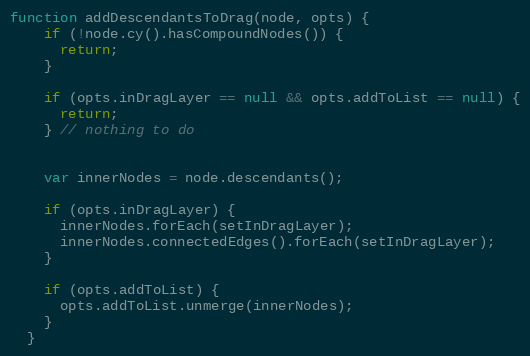
Language: JavaScript
function addDescendantsToDrag(node, opts) {
    if (!node.cy().hasCompoundNodes()) {
      return;
    }

    if (opts.inDragLayer == null && opts.addToList == null) {
      return;
    } // nothing to do

    var innerNodes = node.descendants();

    if (opts.inDragLayer) {
      innerNodes.forEach(setInDragLayer);
      innerNodes.connectedEdges().forEach(setInDragLayer);
    }

    if (opts.addToList) {
      opts.addToList.unmerge(innerNodes);
    }
  }